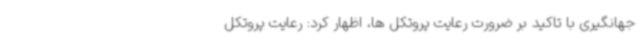
جهانگیری با تاکید بر ضرورت رعایت پروتکل ها، اظهار کرد: رعایت پروتکل